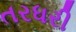
તરધરી